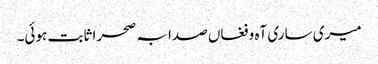
میری ساری آہ و فغاں صدا بہ صحرا ثابت ہوئی۔